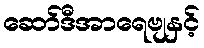
ဆော်ဒီအာရေဗျနှင့်